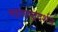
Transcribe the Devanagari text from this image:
महाराष्ट्रदर्शन